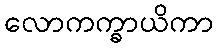
လောကက္ခာယိကာ